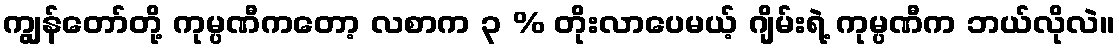
ကျွန်တော်တို့ ကုမ္ပဏီကတော့ လစာက ၃ % တိုးလာပေမယ့် ဂျိမ်းရဲ့ ကုမ္ပဏီက ဘယ်လိုလဲ။